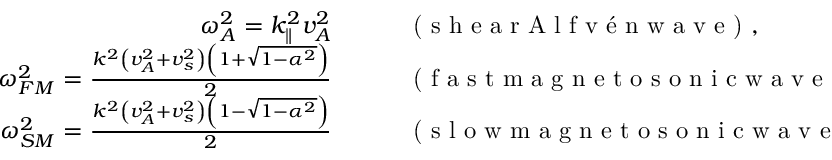
\begin{array} { r l } { \omega _ { A } ^ { 2 } = k _ { \parallel } ^ { 2 } v _ { A } ^ { 2 } \qquad } & { { } \textrm { ( s h e a r A l f v é n w a v e ) } , } \\ { \omega _ { F M } ^ { 2 } = \frac { k ^ { 2 } \left( v _ { A } ^ { 2 } + v _ { s } ^ { 2 } \right) \left( 1 + \sqrt { 1 - \alpha ^ { 2 } } \right) } { 2 } \qquad } & { { } \textrm { ( f a s t m a g n e t o s o n i c w a v e ) } , } \\ { \omega _ { S M } ^ { 2 } = \frac { k ^ { 2 } \left( v _ { A } ^ { 2 } + v _ { s } ^ { 2 } \right) \left( 1 - \sqrt { 1 - \alpha ^ { 2 } } \right) } { 2 } \qquad } & { { } \textrm { ( s l o w m a g n e t o s o n i c w a v e ) } , } \end{array}